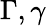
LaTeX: \Gamma,\gamma